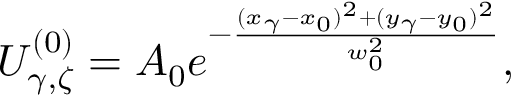
U _ { \gamma , \zeta } ^ { ( 0 ) } = A _ { 0 } e ^ { - \frac { ( x _ { \gamma } - x _ { 0 } ) ^ { 2 } + ( y _ { \gamma } - y _ { 0 } ) ^ { 2 } } { w _ { 0 } ^ { 2 } } } ,